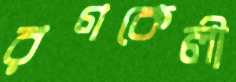
রণকেলী